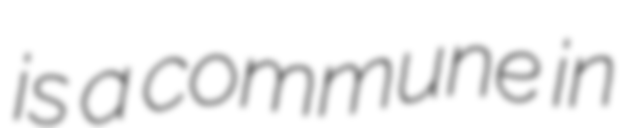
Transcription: is a commune in